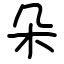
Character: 朵